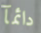
دائمآ